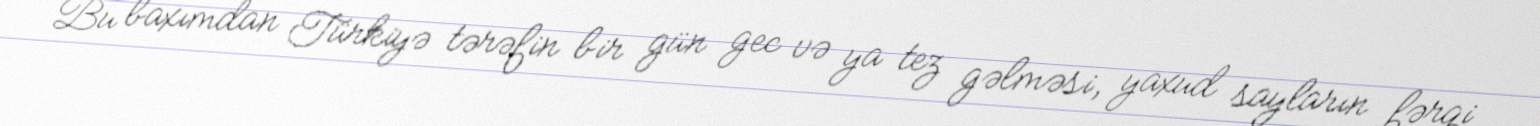
Bu baxımdan Türkiyə tərəfin bir gün gec və ya tez gəlməsi, yaxud sayların fərqi